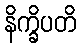
နိက္ခိပတိ